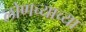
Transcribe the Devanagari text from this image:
लोणच्याच्या